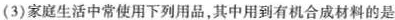
(3)家庭生活中常使用下列用品，其中用到有机合成材料的是